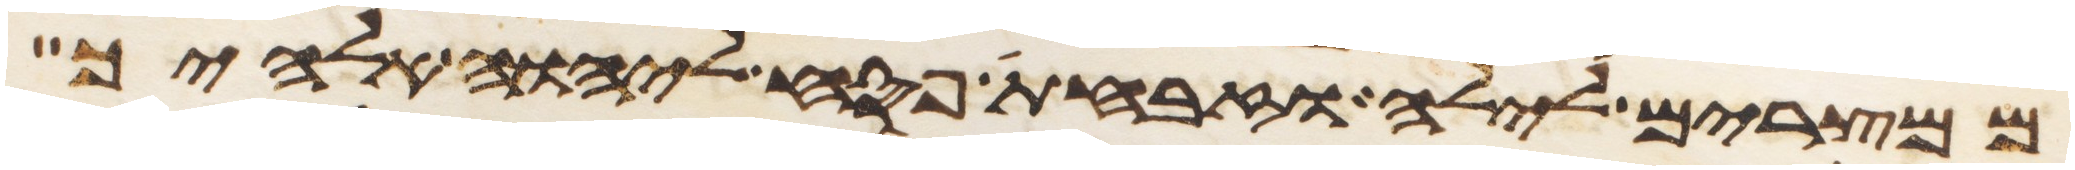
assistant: ממצרים לילה וזבחת פסח ליהוה אלהיך